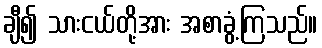
ချီ၍ သားငယ်တို့အား အစာခွံ့ကြသည်။